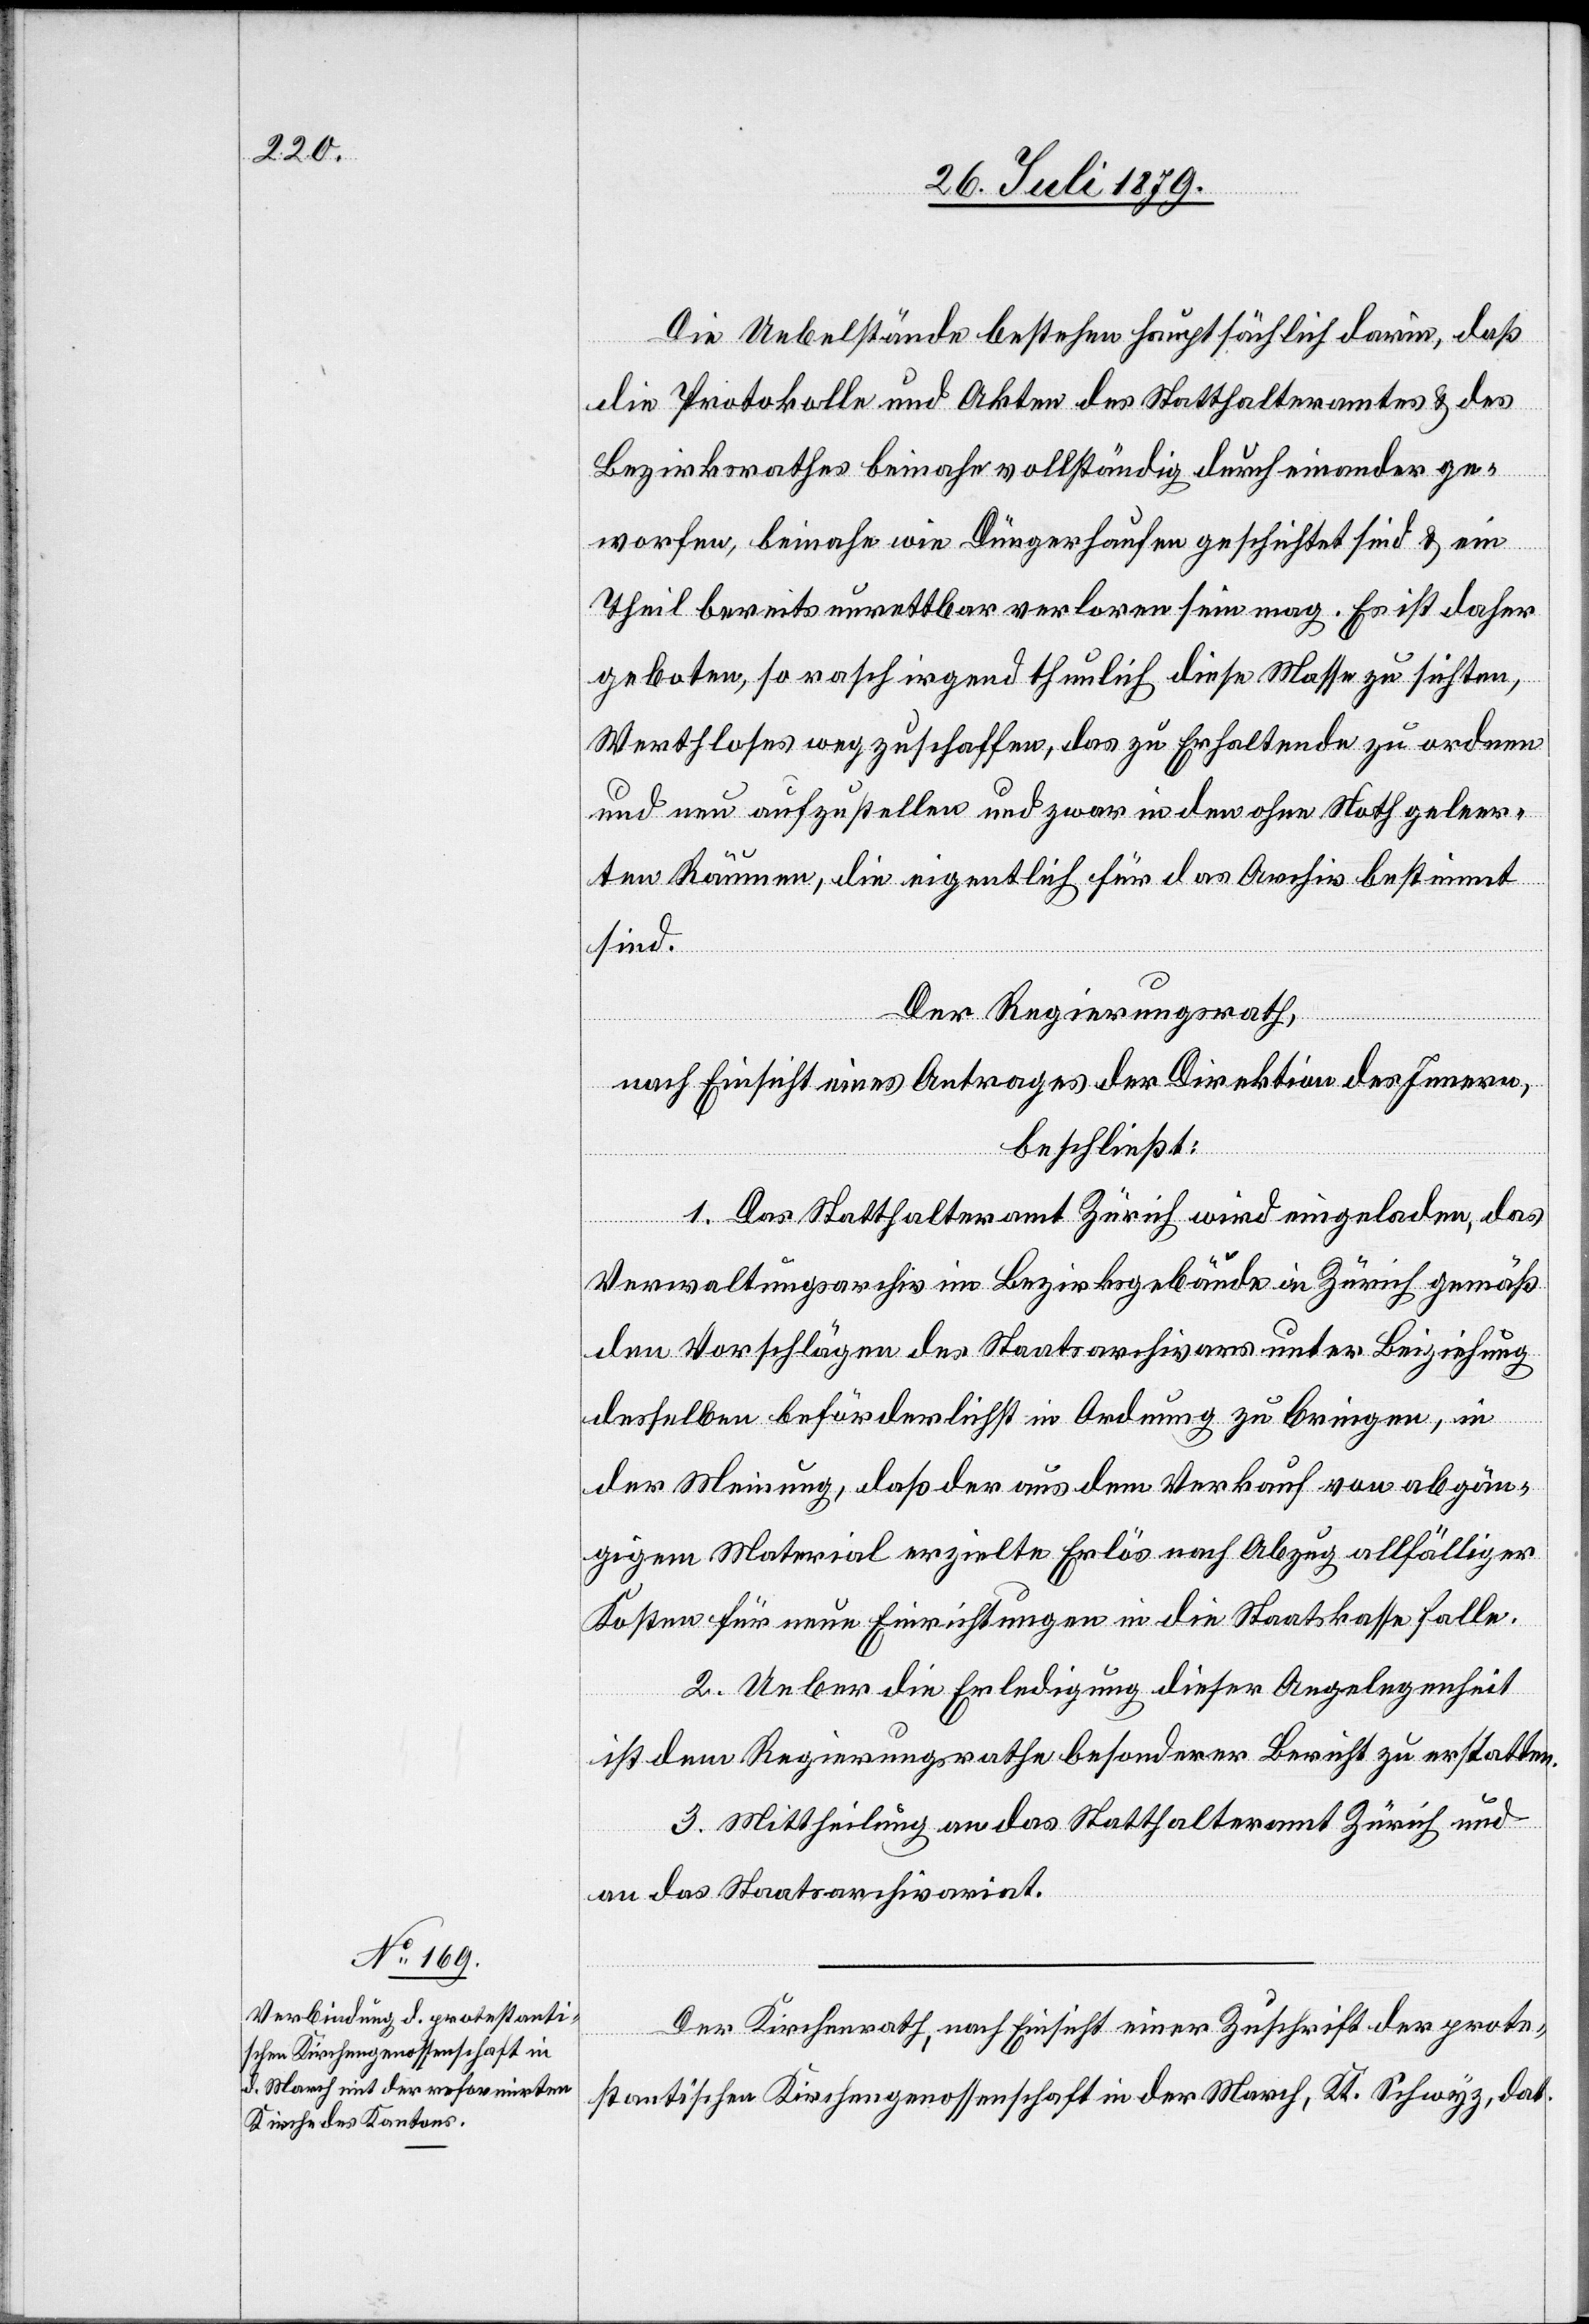
Die Uebelstände bestehen hauptsächlich darin, daß
die Protokolle und Akten des Statthalteramtes & des
Theil bereits unrettbar verloren sein mag. Es ist daher
geboten, so rasch irgend thunlich diese Masse zu sichten,
Werthloses wegzuschaffen, das zu Erhaltende zu ordnen
und neu aufzustellen und zwar in den ohne Noth geleer¬
ten Räumen, die eigentlich für das Archiv bestimmt
sind.
Der Regierungsrath,
nach Einsicht eines Antrages der Direktion des Innern,
beschließt:
1. Das Statthalteramt Zürich wird eingeladen, das
Verwaltungsarchiv im Bezirksgebäude in Zürich gemäß
den Vorschlägen des Staatsarchivars unter Beiziehung
desselben beförderlichst in Ordnung zu bringen, in
geschichtet
der Meinung, daß der aus dem Verkauf von abgän¬
gigem Material erzielte Erlös nach Abzug allfälliger
Kosten für neue Einrichtungen in die Staatskasse falle.
2. Ueber die Erledigung dieser Angelegenheit
ist dem Regierungsrathe besonderer Bericht zu erstatten.
3. Mittheilung an das Statthalteramt Zürich und
an das Staatsarchivariat.
Der Kirchenrath, nach Einsicht einer Zuschrift des prote¬
stantischen Kirchengenossenschaft in der March, Kt. Schwyz, dat.

ein

&